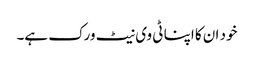
خود ان کا اپنا ٹی وی نیٹ ورک ہے۔